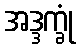
အဒ္ဒက္ခုံ